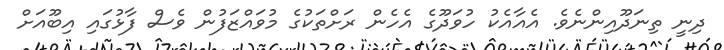
ދިނީ ތިނަދޫއިންނެވެ. އެއާއެކު ހުވަދޫގެ އެހެން ރަށްތަކުގެ މުވައްޒަފުން ވެސް ފާޅުގައި އިބޫއަށް